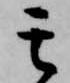
其